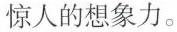
惊人的想象力。